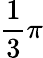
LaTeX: {\frac{1}{3}}\pi